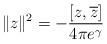
LaTeX: \begin{align*}\| z \|^2 = - \frac{ [ z, \overline{z}]}{ 4\pi e^\gamma}\end{align*}